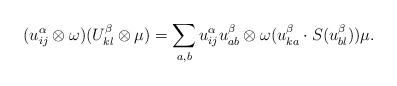
LaTeX: \begin{align*}(u^\alpha_{ij}\otimes \omega)(U_{kl}^\beta \otimes \mu) = \sum_{a,b}u^\alpha_{ij}u^\beta_{ab} \otimes \omega(u^\beta_{ka}\cdot S(u^\beta_{bl}))\mu.\end{align*}